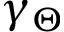
\gamma _ { \Theta }